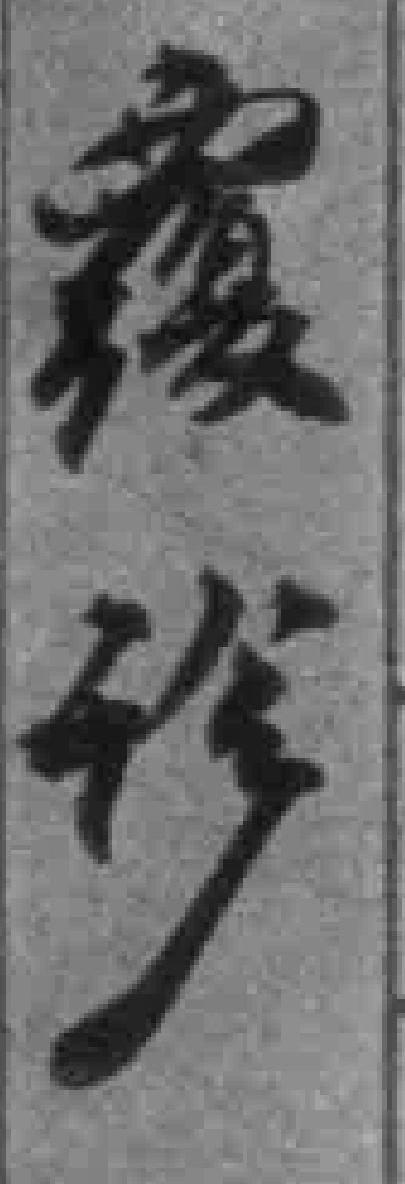
覆诊